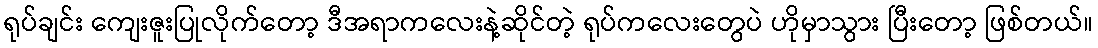
ရုပ်ချင်း ကျေးဇူးပြုလိုက်တော့ ဒီအရာကလေးနဲ့ဆိုင်တဲ့ ရုပ်ကလေးတွေပဲ ဟိုမှာသွား ပြီးတော့ ဖြစ်တယ်။